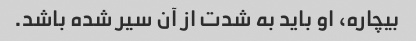
بیچاره، او باید به شدت از آن سیر شده باشد.